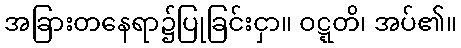
အခြားတနေရာ၌ပြုခြင်းငှာ။ ဝဋ္ဋတိ၊ အပ်၏။